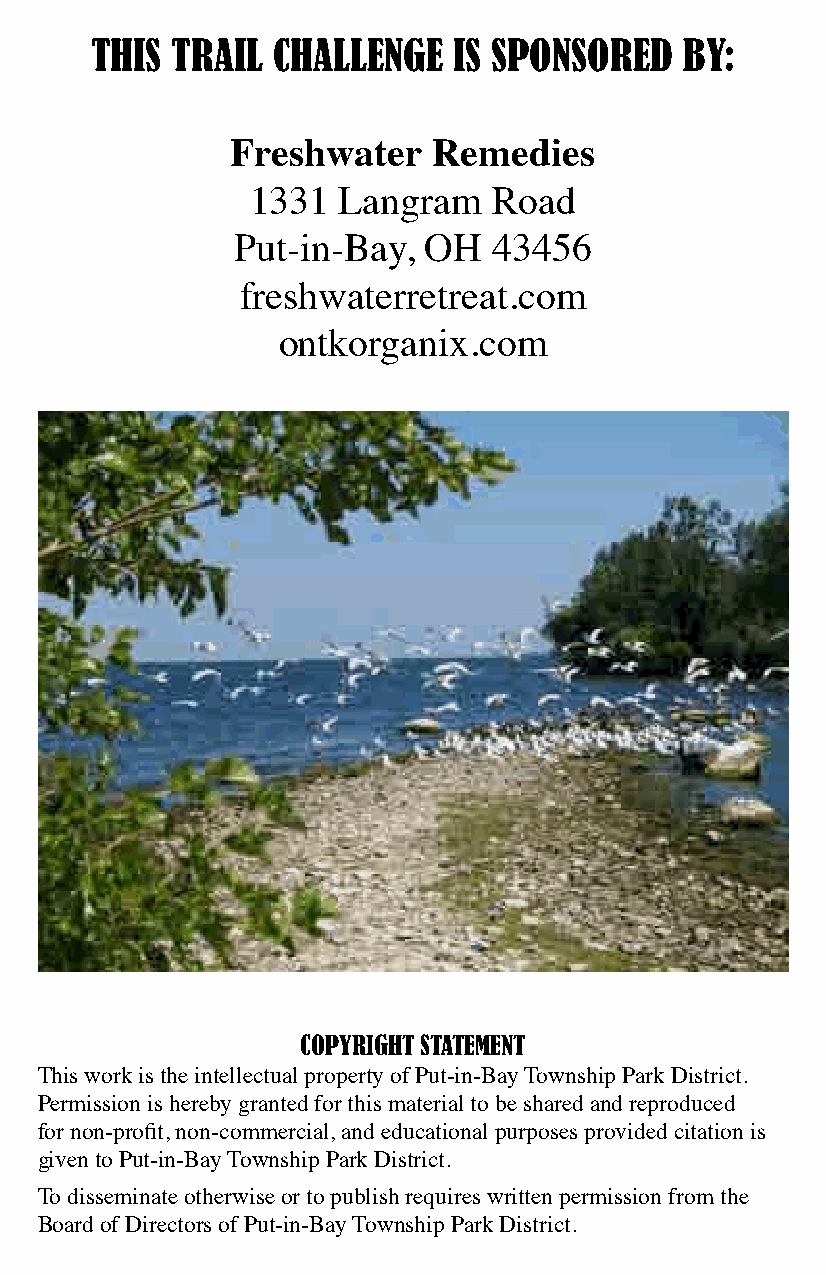
THIS TRAIL  CHALLENGE   IS SPONSORED   BY:
 Freshwater    Remedies
 1331 Langram    Road
 Put-in-Bay,  OH   43456
 freshwaterretreat.com
 ontkorganix.com
 COPYRIGHT STATEMENT
 This work is the intellectual property of Put-in-Bay Township Park District.
 Permission is hereby granted for this material to be shared and reproduced
 for non-profit, non-commercial, and educational purposes provided citation is
 given to Put-in-Bay Township Park District.
 To disseminate otherwise or to publish requires written permission from the
 Board of Directors of Put-in-Bay Township Park District.